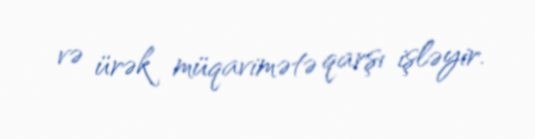
və ürək müqavimətə qarşı işləyir.